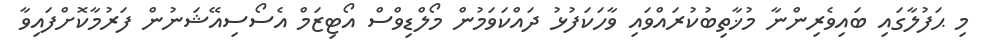
މި ޙަފުލާގައި ބައިވެރިންނާ މުޚާތިބުކުރައްވައި ވާހަކަފުޅު ދައްކަވަމުން މޯލްޑިވްސް އޯޓިޒަމް އެސޯސިއޭޝަނުން ފަރުމާކޮށްފައިވާ